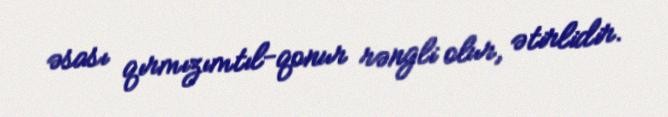
əsası qırmızımtıl-qonur rəngli olur, ətirlidir.